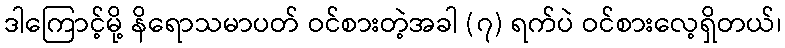
ဒါကြောင့်မို့ နိရောသမာပတ် ဝင်စားတဲ့အခါ (၇) ရက်ပဲ ဝင်စားလေ့ရှိတယ်၊